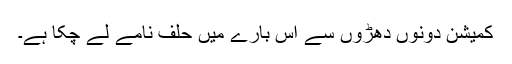
کمیشن دونوں دھڑوں سے اس بارے میں حلف نامے لے چکا ہے۔